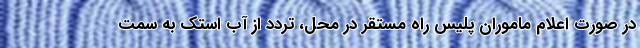
در صورت اعلام ماموران پلیس راه مستقر در محل، تردد از آب استک به سمت